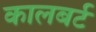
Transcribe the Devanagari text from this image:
कालबर्ट